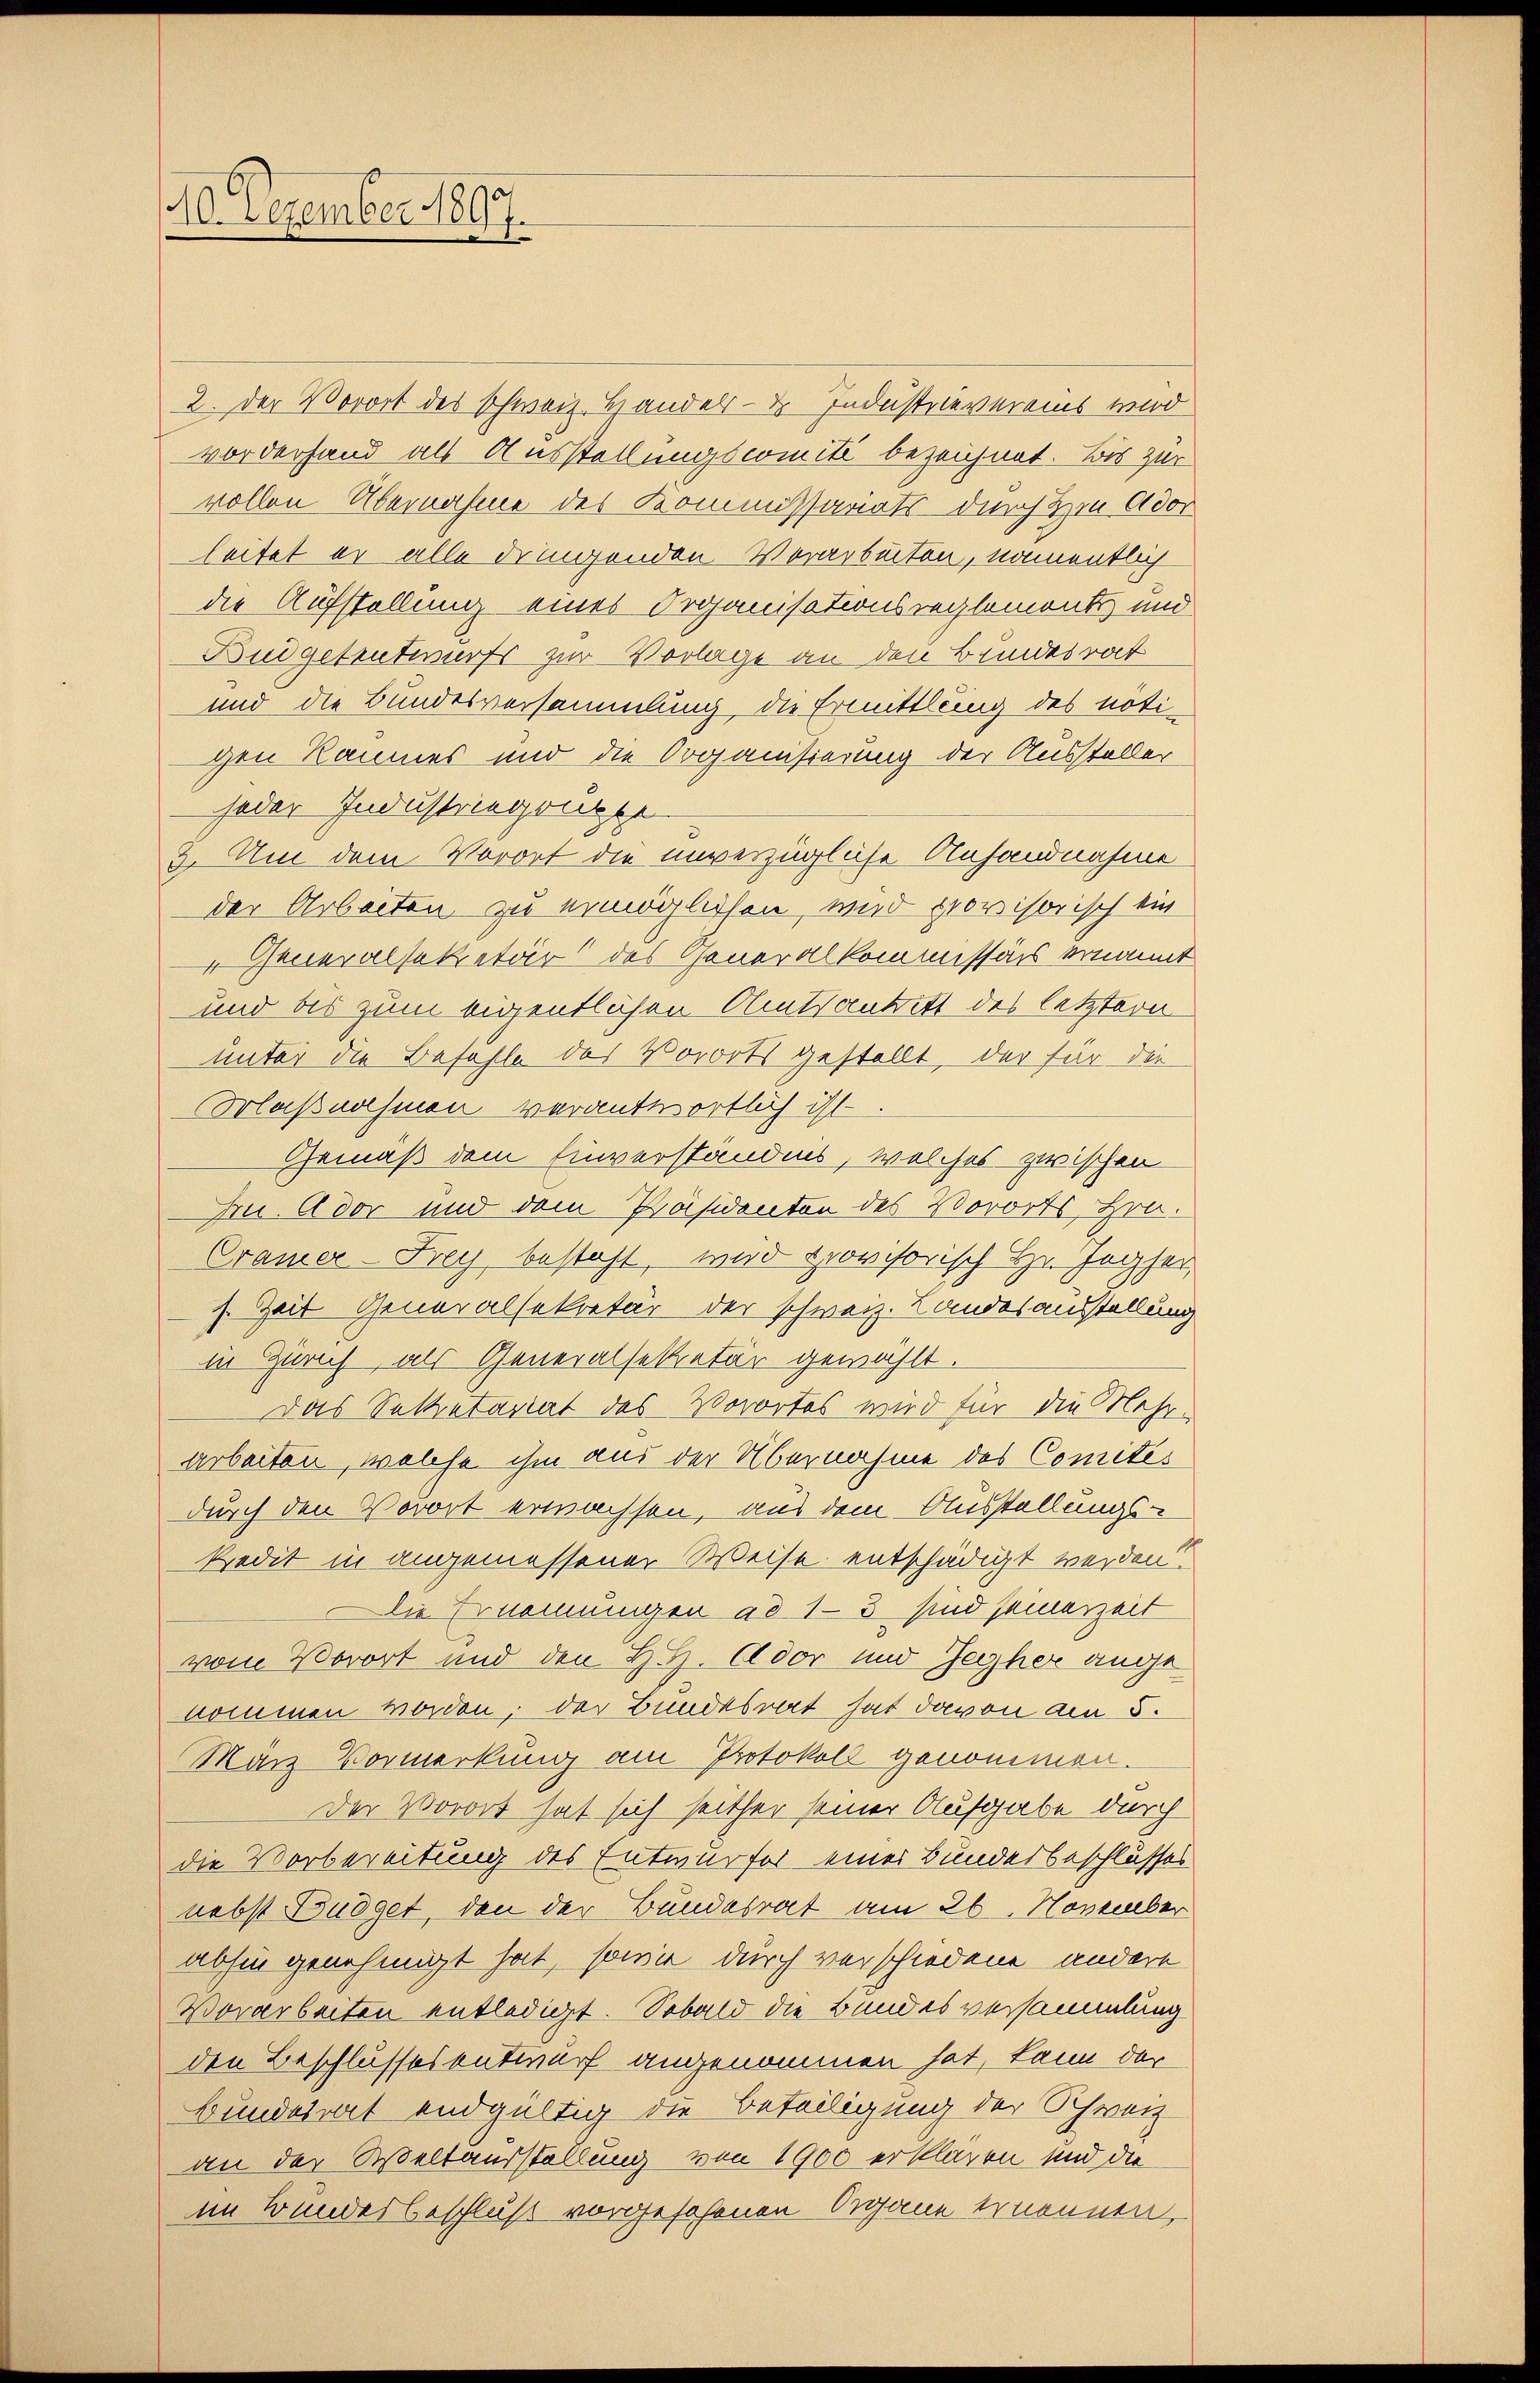
40. Dezember 1897
e

2. Der Vorort des schweiz. Handels- des Industrievereins wird
vorderhand als Ausstellungscomité bezeichnet. Bis zur
vollen Übernahme des Kommissariats durch Hrn. Ador
leitet er alle dringenden Vorarbeiten, namentlich
die Aufstellung eines Organisationsreglement und
Budgetreteurfs zur Vorlage an den Bundesrat
und die Bundesversammlung, die Ermittlung des noti-
gen Raumes und die Organisierung der Aussteller
jeder Industriegenspe
3. Um dem Vorort die unverzügliche Anhandnahme
der Arbeiten zu ermöglichen, wird provisorisch ein
" Generalsekretär des Generalkommissärs ernannt
und bis zum eigentlichen Amtsantritt des letztern
unter die Befehle des Vororts gestellt, der für die
Orlaßnahmen verantwortlich ist
Gemäß dem Einverständnis, welches zwischen
Hrn. Ador und dem Präsidenten des Vororts, Hrn.
Cramer-Frey besteht, wird provisorisch Hr. Jogher,
s. Zeit Generalsekretär der schweiz. Landesausstellung
in Zürich, als Generalsekretär gewählt.
Das Sekretariat des Vorortes wird für die Mehrarbeiten, welche ihm aus der Übernahme des Comités
durch den Vorort erwachsen, aus dem Ausstellungs-
kredit in angemessener Weise entschädigt werden.
Die Ernennungen ad 13 sind seinerzeit
vom Vorort und den H. H. Ador und Jeyher angenommen worden; der Bundesrat hat davon am 5.
Maiz Vormerkung am Protokoll genommen.
Der Vorort hat sich seither seiner Aufgabe durch
die Vorbereitung des Entwurfes einer Bundesbeschlusses
nebst Budget, den der Bundesrat am 26. November
absin genehmigt hat, sowie durch verschiedene andere
Vorarbeiten entledigt. Sobald die Bundesversammlung
den Beschlussesentwurf angenommen hat, kann der
Bundesrat endgültig die Beteiligung der Schweiz
an der Weltausstellung von 1900 erklären und die
im Bundesbeschluß vorgesehenen Organe ernennen,